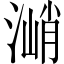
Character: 㴥